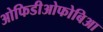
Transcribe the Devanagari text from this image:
ओफिडीओफोबिआ